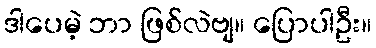
ဒါပေမဲ့ ဘာ ဖြစ်လဲဗျ။ ပြောပါဦး။